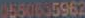
0550635962